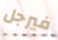
فيرجل